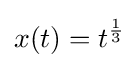
x(t)=t^{\frac {1}{3}}